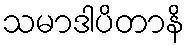
သမာဒါပိတာနိ